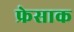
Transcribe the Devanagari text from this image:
फ्रेसाक